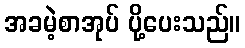
အခမဲ့စာအုပ် ပို့ပေးသည်။